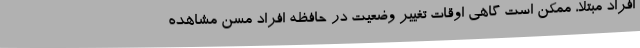
افراد مبتلا، ممکن است گاهی اوقات تغییر وضعیت در حافظه افراد مسن مشاهده